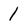
Character: 1